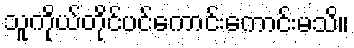
သူကိုယ်တိုင်ပင်ကောင်းကောင်းမသိ။